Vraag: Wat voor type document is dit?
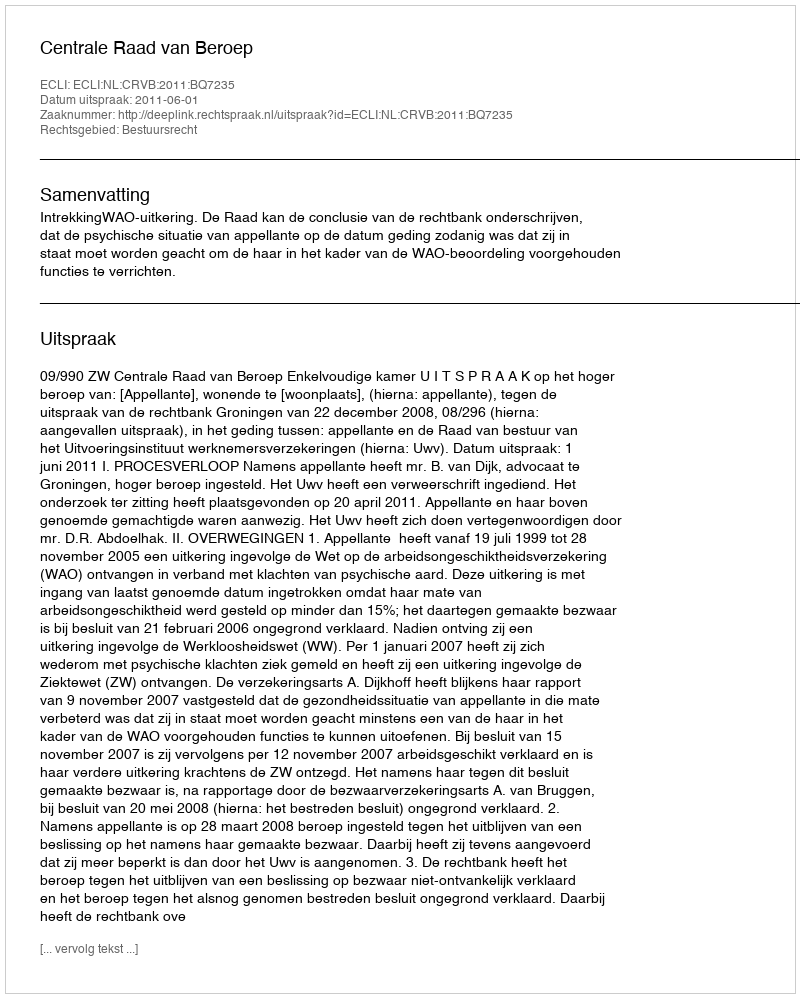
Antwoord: Uitspraak